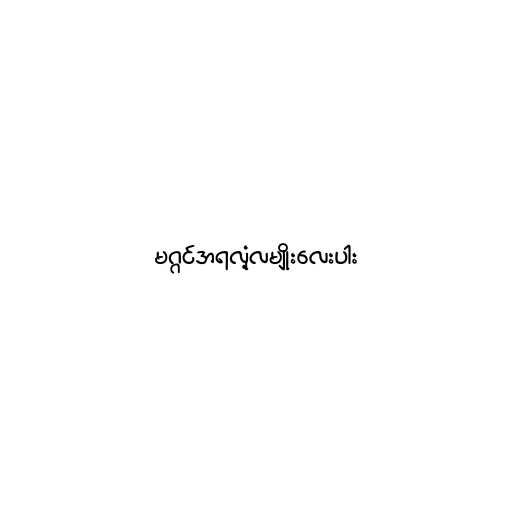
မဂ္ဂင်အရလုံ့လမျိုးလေးပါး